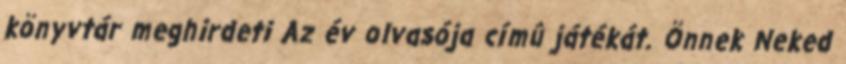
könyvtár meghirdeti Az év olvasója címû játékát. Önnek Neked